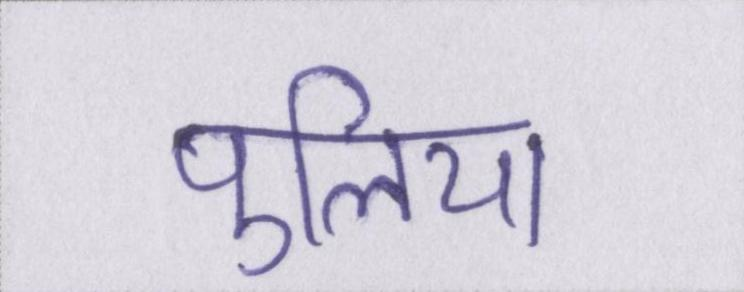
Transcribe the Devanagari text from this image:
पुलिया